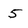
Character: 5